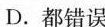
D.都错误